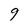
Character: 9